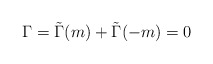
\begin{align*}\Gamma=\tilde\Gamma(m)+\tilde\Gamma(-m)=0\end{align*}